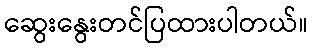
ဆွေးနွေးတင်ပြထားပါတယ်။